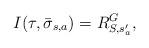
LaTeX: \begin{align*}I(\tau, \bar\sigma_{s,a}) = R^G_{S, s'_a},\end{align*}